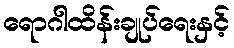
ရောဂါထိန်းချုပ်ရေးနှင့်